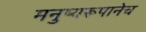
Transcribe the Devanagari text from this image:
मनुष्यरूपानेच